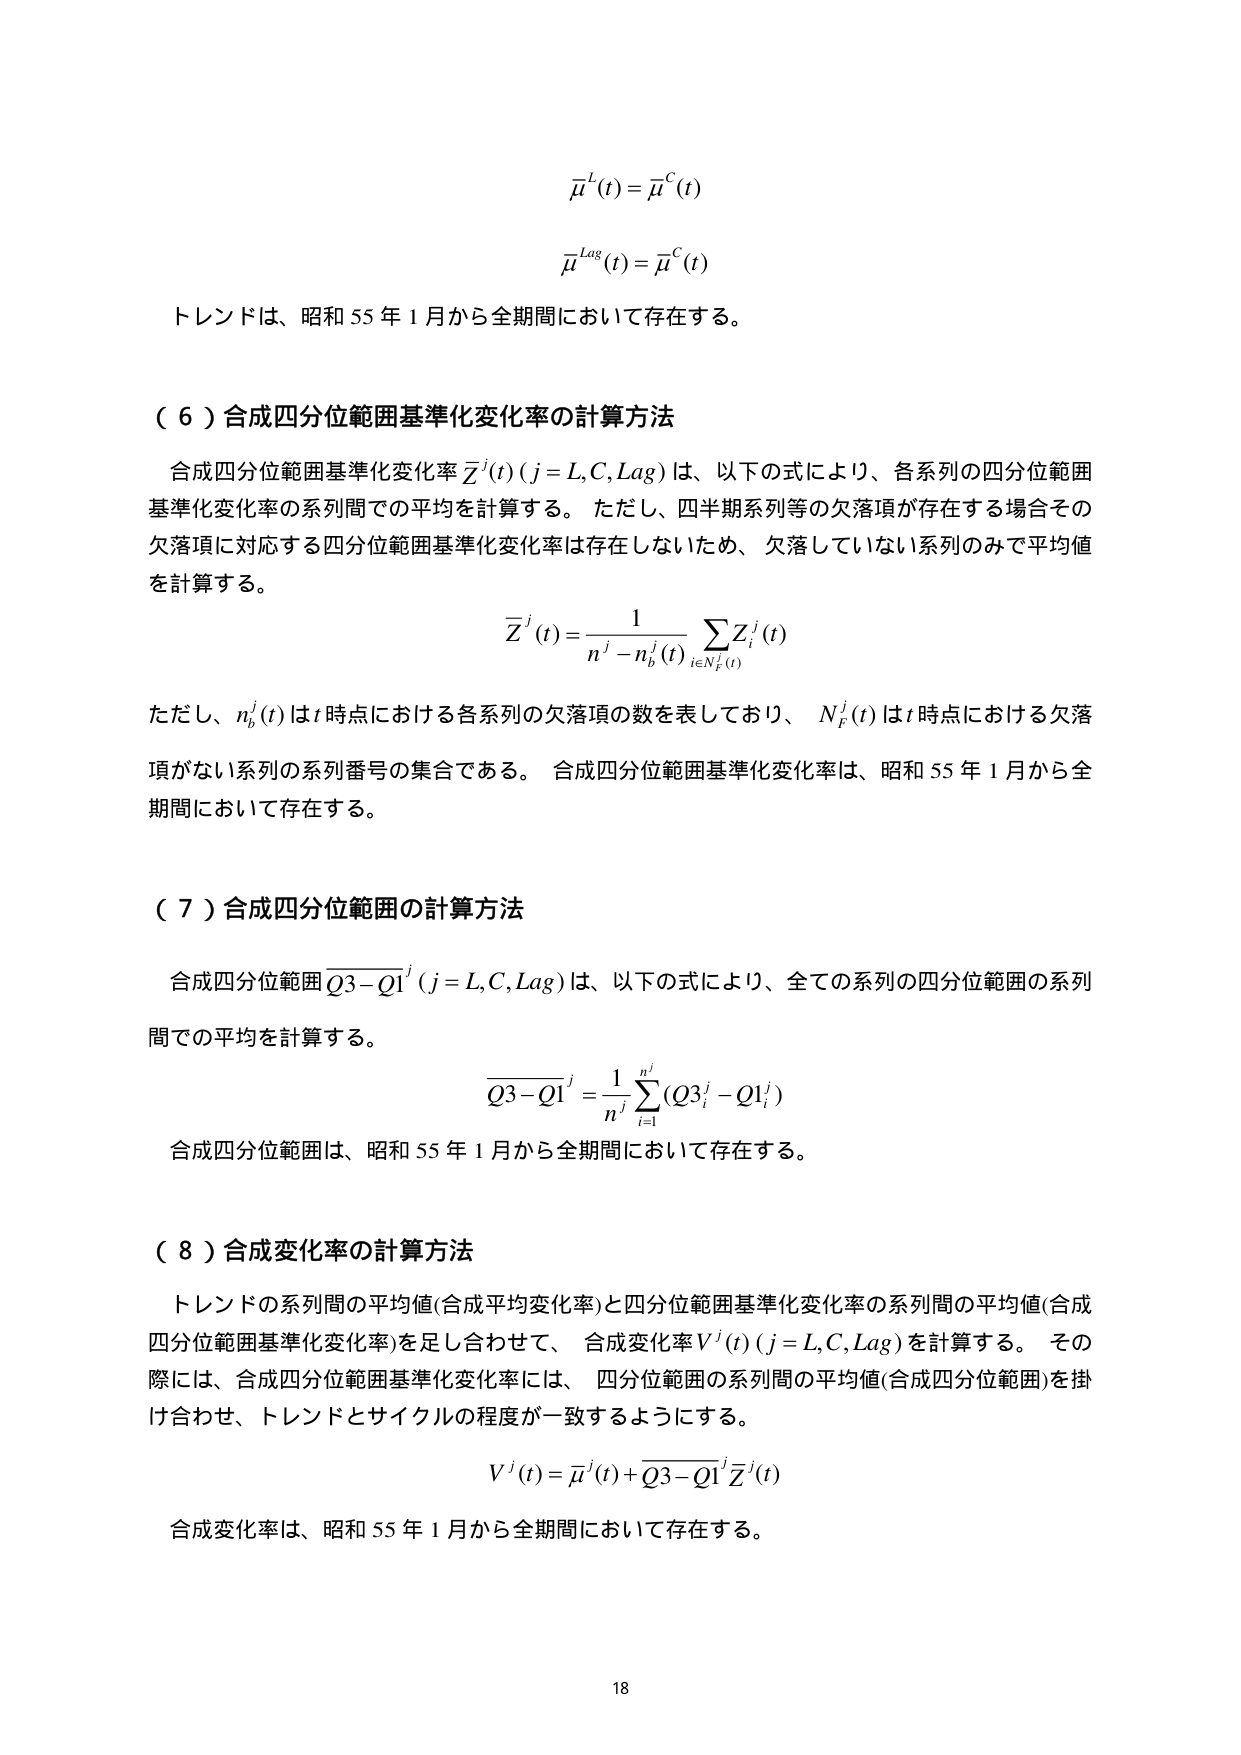
μ^L(t) = μ^C(t)

μ^Lag(t) = μ^C(t)

トレンドは、昭和55年1月から全期間において存在する。

（６）合成四分位範囲基準化変化率の計算方法

合成四分位範囲基準化変化率 Z̄^j(t) (j = L, C, Lag) は、以下の式により、各系列の四分位範囲基準化変化率の系列間での平均を計算する。ただし、四半期系列等の欠落項が存在する場合その欠落項に対応する四分位範囲基準化変化率は存在しないため、欠落していない系列のみで平均値を計算する。

Z̄^j(t) = (1 / (n^j - n_b^j(t))) × Σ_{i ∈ N_F^j(t)} Z_i^j(t)

ただし、n_b^j(t) は t 時点における各系列の欠落項の数を表しており、N_F^j(t) は t 時点における欠落項がない系列の系列番号の集合である。合成四分位範囲基準化変化率は、昭和55年1月から全期間において存在する。

（７）合成四分位範囲の計算方法

合成四分位範囲 Q3-Q1^j (j = L, C, Lag) は、以下の式により、全ての系列の四分位範囲の系列間での平均を計算する。

Q3-Q1^j = (1 / n^j) × Σ_{i=1}^{n^j} (Q3_i^j - Q1_i^j)

合成四分位範囲は、昭和55年1月から全期間において存在する。

（８）合成変化率の計算方法

トレンドの系列間の平均値（合成平均変化率）と四分位範囲基準化変化率の系列間の平均値（合成四分位範囲基準化変化率）を足し合わせて、合成変化率 V^j(t) (j = L, C, Lag) を計算する。その際には、合成四分位範囲基準化変化率には、四分位範囲の系列間の平均値（合成四分位範囲）を掛け合わせ、トレンドとサイクルの程度が一致するようにする。

V^j(t) = μ̄^j(t) + (Q3-Q1)^j × Z̄^j(t)

合成変化率は、昭和55年1月から全期間において存在する。

18